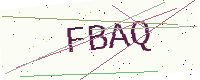
Text: FBAQ